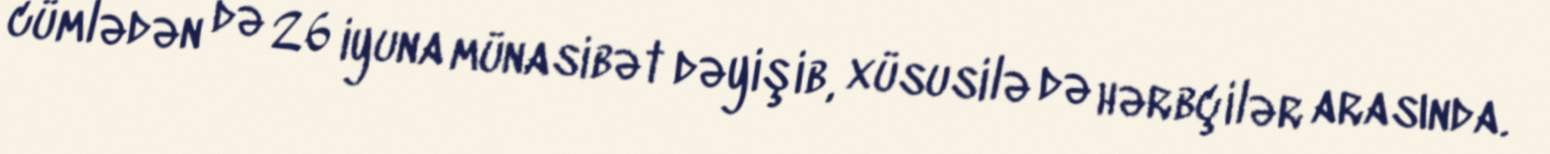
cümlədən də 26 iyuna münasibət dəyişib, xüsusilə də hərbçilər arasında.